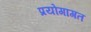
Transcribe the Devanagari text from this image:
प्रयोगागत